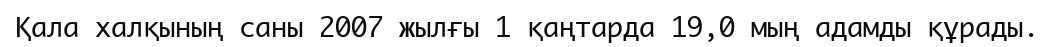
Қала халқының саны 2007 жылғы 1 қаңтарда 19,0 мың адамды құрады.